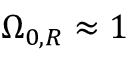
\Omega _ { 0 , R } \approx 1